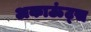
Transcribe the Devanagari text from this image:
अकाऊंट्‌स